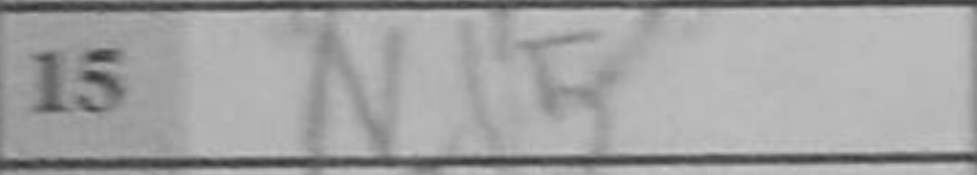
Transcription: Nd5